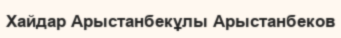
Хайдар Арыстанбекұлы Арыстанбеков